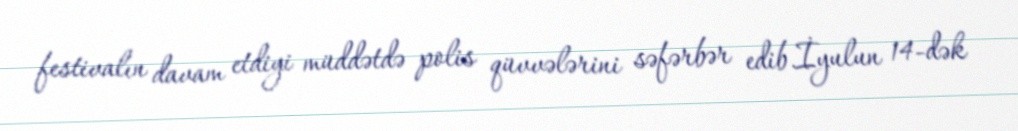
festivalın davam etdiyi müddətdə polis qüvvələrini səfərbər edib.İyulun 14-dək